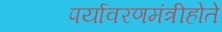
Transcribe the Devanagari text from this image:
पर्यावरणमंत्रीहोते